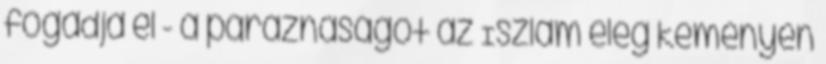
fogadja el - a paráznaságot az Iszlám elég keményen